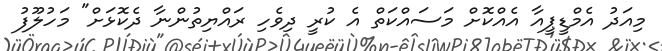
މިއަދު އެމްޑީޕީއާ އެއްކޮށް މަސައްކަތް އެ ކުރީ ދިވެހި ރައްޔިތުންނާ ދެކޮޅަށް" މަހުލޫފު